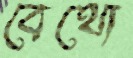
বেথো